Insane asylums in Bengal annual reports 1867-1875 - 1867-1875
Year: 1867
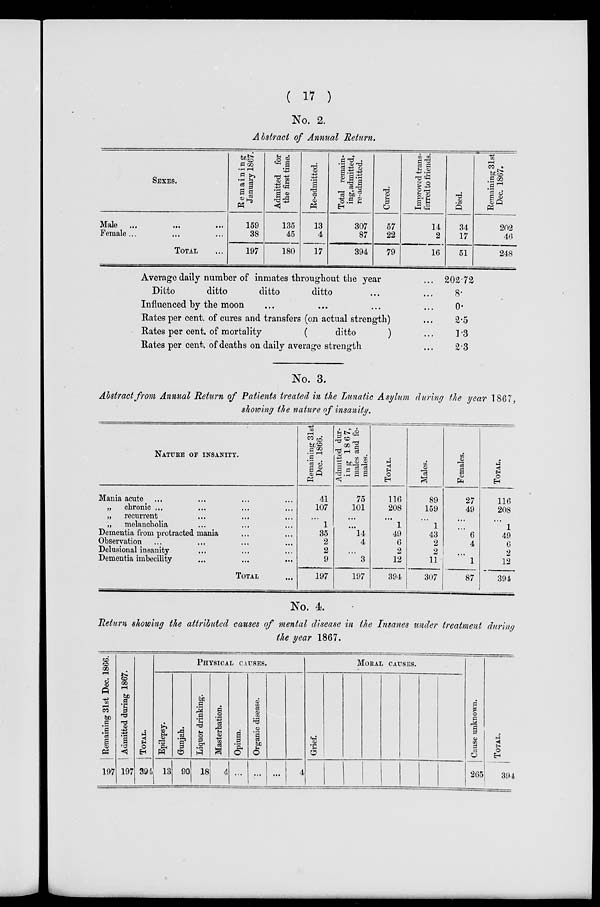
( 17 )
No. 2.
Abstract of Annual Return.
SEXES.
Male ... ... ...
Female ... ... ...
TOTAL ...
Remaining
January 1867.
159
38
197
Admitted for
the first time.
135
45
180
Re-admitted.
13
4
17
Total remain-
ing, admitted,
re-admitted.
307
87
394
Cured.
57
22
79
Improved trans-
ferred to friends.
14
2
16
Died.
34
17
51
Remaining 31st
Dec. 1867.
202
46
248
Average daily number of inmates throughout the year ...
Ditto
ditto
ditto
ditto ... ...
Influenced by the moon ... ... ...
Rates per cent. of cures and transfers (on actual strength) ...
Rates per cent. of mortality
(
ditto
) ...
Rates per cent. of deaths on daily average strength ...
202.72
8.
0.
2.5
1.3
2.3
No. 3.
Abstract from Annual Return of Patients treated in the Lunatic Asylum during the year 1867,
showing the nature of insanity.
NATURE OF INSANITY.
Mania acute ... ... ... ...
„
chronic ... ... ... ...
„ recurrent ... ... ...
„ melancholia ... ... ...
Dementia from protracted mania ... ...
Observation ... ... ... ...
Delusional insanity ... ... ...
Dementia imbecility ... ... ...
TOTAL ...
Remaining 31st
Dec. 1866.
41
107
...
1
35
2
2
9
197
Admitted dur-
ing
1867,
males and fe-
males.
75
101
...
...
14
4
...
3
197
TOTAL.
116
208
...
1
49
6
2
12
394
Males.
89
159
...
1
43
2
2
11
307
Females.
27
49
...
...
6
4
...
1
87
TOTAL.
116
208
...
1
49
6
2
12
394
No. 4.
Return showing the attributed causes of mental disease in the Insanes under treatment during
the year 1867.
Remaining 31st Dec. 1866.
197
Admitted during 1867.
197
TOTAL.
394
PHYSICAL CAUSES.
Epilepsy.
13
Gunjah.
90
Liquor drinking.
18
Masterbation.
4
Opium.
...
Organic disease.
...
...
4
MORAL CAUSES.
Grief.
Cause unknown.
265
TOTAL.
394